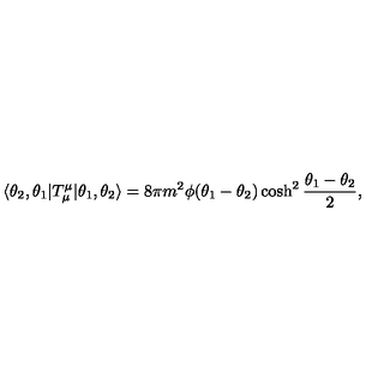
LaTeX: \langle \theta _ { 2 } , \theta _ { 1 } | T _ { \mu } ^ { \mu } | \theta _ { 1 } , \theta _ { 2 } \rangle = 8 \pi m ^ { 2 } \phi ( \theta _ { 1 } - \theta _ { 2 } ) \cosh ^ { 2 } \frac { \theta _ { 1 } - \theta _ { 2 } } { 2 } ,